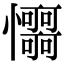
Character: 𢥳